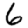
Digit: 6